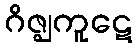
ဂိဇ္ဈကူဋေ